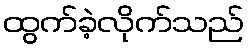
ထွက်ခဲ့လိုက်သည်